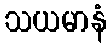
သယမာနံ